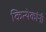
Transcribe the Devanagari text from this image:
कित्येकांनी